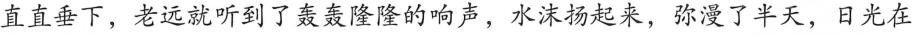
直直垂下，老远就听到了轰轰隆隆的响声，水沫扬起来，弥漫了半天，日光在